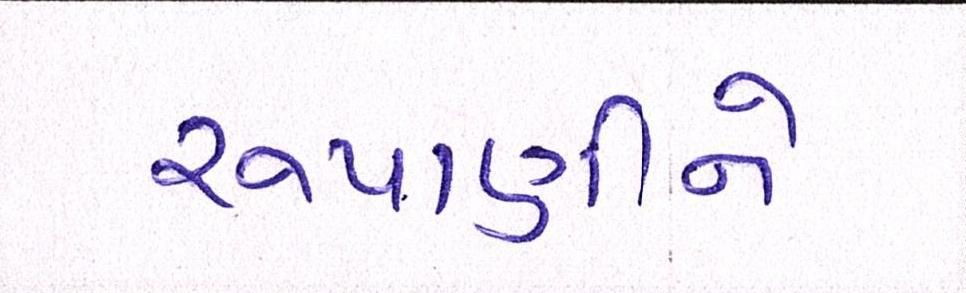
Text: રૂપાણીને